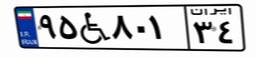
۹۵W۸۰۱۳۴